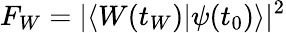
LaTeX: F_{W}=\vert\langle W(t_{W})\vert\psi(t_{0})\rangle\vert^{2}